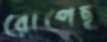
রোপেছ